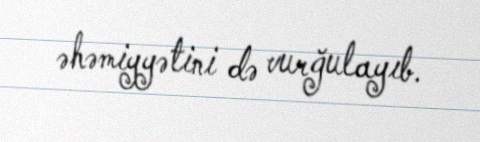
əhəmiyyətini də vurğulayıb.